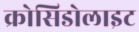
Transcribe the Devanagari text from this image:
क्रोसिडोलाइट